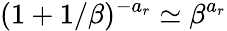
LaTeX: (1+1/\beta)^{-a_{r}}\simeq\beta^{a_{r}}